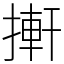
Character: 搟